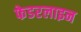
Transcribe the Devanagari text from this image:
फेडरलाइन